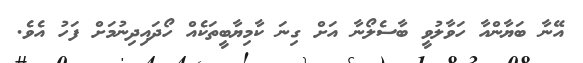
އޭނާ ބަޔާންއާ ހަވާލުވީ ބާސެލޯނާ އަށް ގިނަ ކާމިޔާބީތަކެއް ހޯދައިދިނުމަށް ފަހު އެވެ.